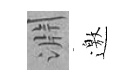
淵邀